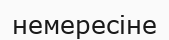
немересіне